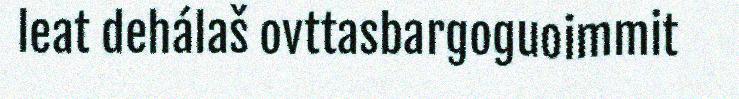
leat dehálaš ovttasbargoguoimmit